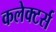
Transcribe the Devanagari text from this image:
कलेक्‍टर्स